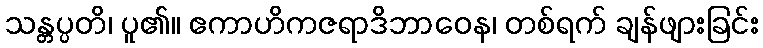
သန္တပ္ပတိ၊ ပူ၏။ ဧကာဟိကဇရာဒိဘာဝေန၊ တစ်ရက် ချန်ဖျားခြင်း